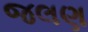
જલણ